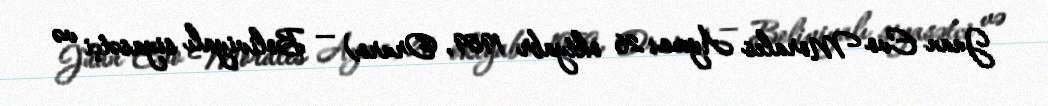
Juan Evo Morales Ayma; 26 oktyabr 1959, Oruro) — Boliviyalı siyasətçi və